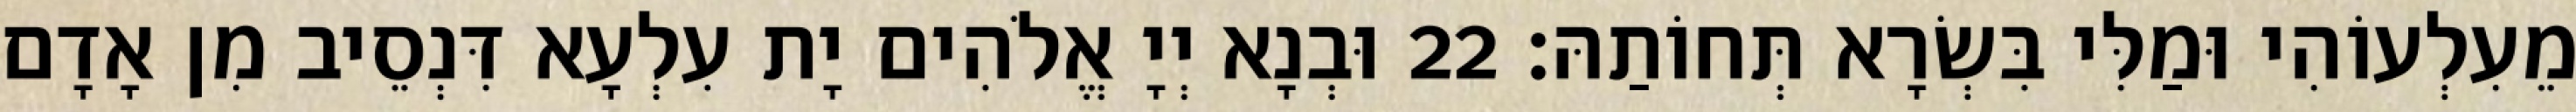
מֵעִלְעוֹהִי וּמַלִּי בִּשְׂרָא תְּחוֹתַהּ׃ 22 וּבְנָא יְיָ אֱלֹהִים יָת עִלְעָא דִּנְסֵיב מִן אָדָם